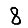
Digit: 8